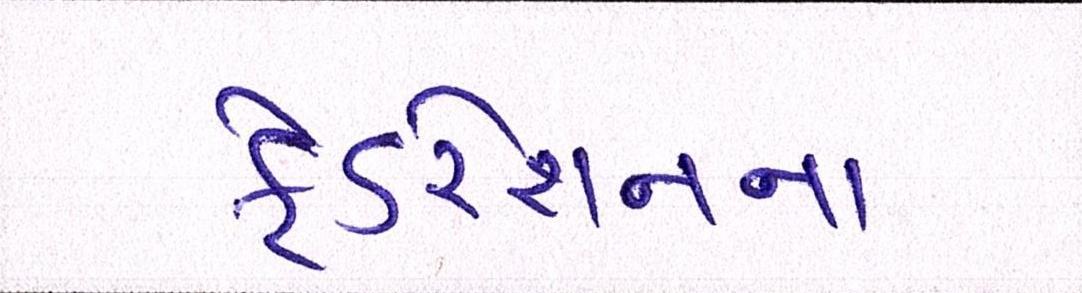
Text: ફેડરેશનના